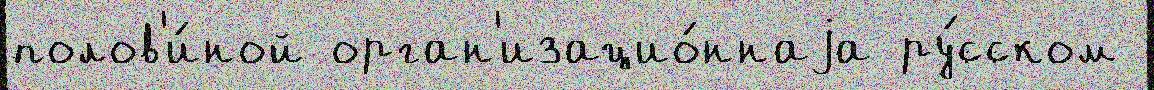
полов'и́ной орган'изацио́ннаjа ру́сском